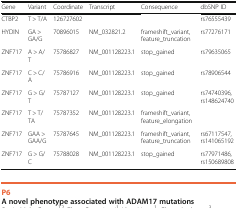
<table><thead><tr><td><b>Gene</b></td><td><b>Variant</b></td><td><b>Coordinate</b></td><td><b>Transcript</b></td><td><b>Consequence</b></td><td><b>dbSNP ID</b></td></tr></thead><tbody><tr><td>CTBP2</td><td>T &gt; T/A</td><td>126727602</td><td></td><td></td><td>rs76555439</td></tr><tr><td>HYDIN</td><td>GA &gt; GA/G</td><td>70896015</td><td>NM_032821.2</td><td>frameshift_variant, feature_truncation</td><td>rs77276171</td></tr><tr><td>ZNF717</td><td>A &gt; A/T</td><td>75786827</td><td>NM_001128223.1</td><td>stop_gained</td><td>rs79635065</td></tr><tr><td>ZNF717</td><td>C &gt; C/A</td><td>75786916</td><td>NM_001128223.1</td><td>stop_gained</td><td>rs78906544</td></tr><tr><td>ZNF717</td><td>G &gt; G/T</td><td>75787127</td><td>NM_001128223.1</td><td>stop_gained</td><td>rs74740396, rs148624740</td></tr><tr><td>ZNF717</td><td>T &gt; T/TA</td><td>75787352</td><td>NM_001128223.1</td><td>frameshift_variant, feature_elongation</td><td></td></tr><tr><td>ZNF717</td><td>GAA &gt; GAA/G</td><td>75787645</td><td>NM_001128223.1</td><td>frameshift_variant, feature_truncation</td><td>rs67117547, rs141065192</td></tr><tr><td>ZNF717</td><td>G &gt; G/C</td><td>75788028</td><td>NM_001128223.1</td><td>stop_gained</td><td>rs77971486, rs150689808</td></tr></tbody></table>